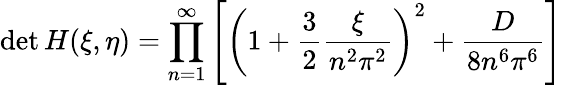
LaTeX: \operatorname*{det}H(\xi,\eta)=\prod_{n=1}^{\infty}\left[\left(1+\frac 32\frac{\xi}{n^{2}\pi^{2}}\right)^{2}+\frac{D}{8n^{6}\pi^{6}}\right]